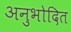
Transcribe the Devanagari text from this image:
अनुभोदित